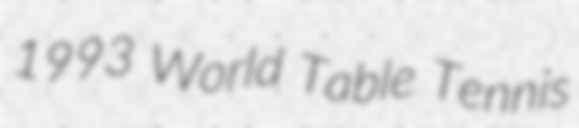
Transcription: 1993 World Table Tennis